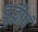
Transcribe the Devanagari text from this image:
बुद्धीचं